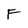
Character: F